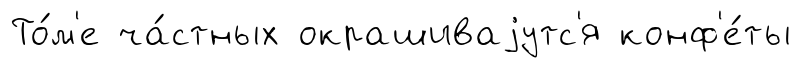
То́м'е ча́стных окрашиваjутс'я конф'е́ты